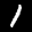
Label: 1